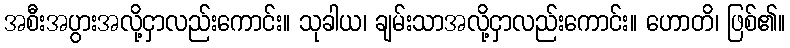
အစီးအပွားအလို့ငှာလည်းကောင်း။ သုခါယ၊ ချမ်းသာအလို့ငှာလည်းကောင်း။ ဟောတိ၊ ဖြစ်၏။